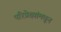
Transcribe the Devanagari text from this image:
परिप्रेक्ष्यांमधून